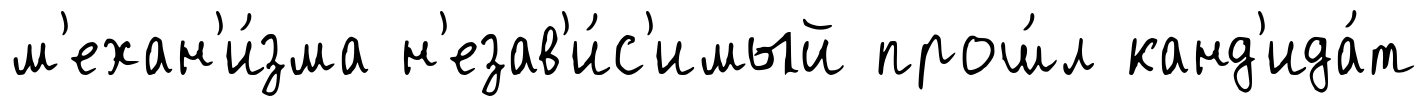
м'ехан'и́зма н'езав'и́с'имый прош́л канд'ида́т